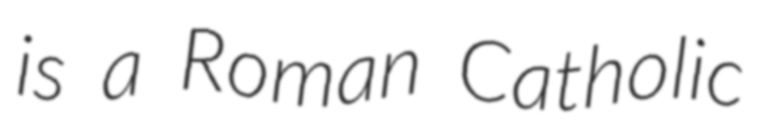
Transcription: is a Roman Catholic